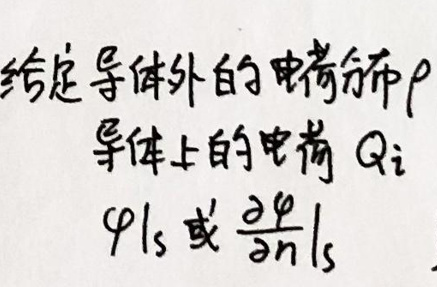
给定导体外的电荷分布\(\rho\)

导体上的电荷\(Q_i\)

\(\varphi|_S\)或\(\frac{\partial\varphi}{\partial n}|_S\)